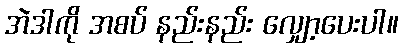
အဲဒါကို အစပ် နည်းနည်း လျှော့ပေးပါ။